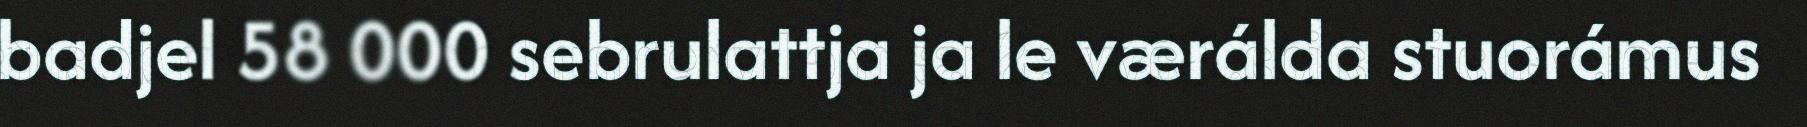
badjel 58 000 sebrulattja ja le værálda stuorámus